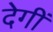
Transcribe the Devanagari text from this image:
देगीं